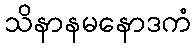
သိနာနမနောဒကံ